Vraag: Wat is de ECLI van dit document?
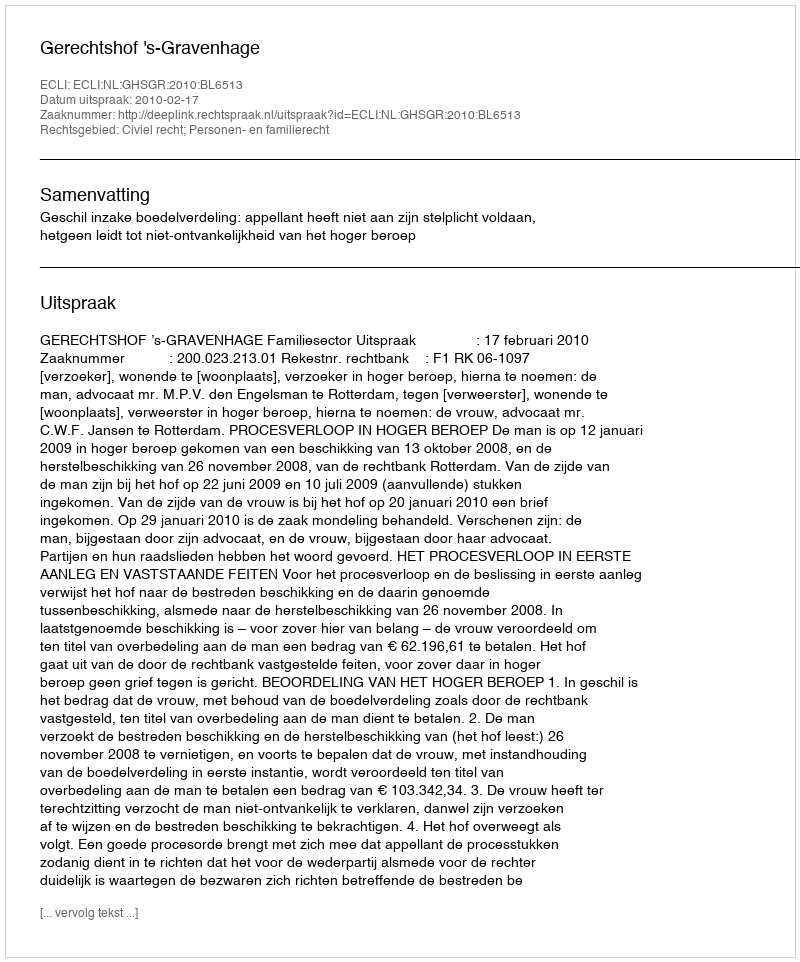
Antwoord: ECLI:NL:GHSGR:2010:BL6513